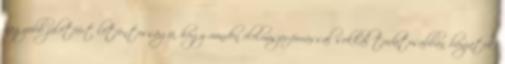
nagyobb jólétéért létfontosságú, hogy minden élelmiszer-forrással sokkal tudatosabban bánjatok.